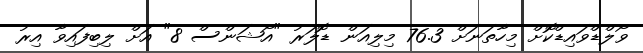
ވޯލްޑްވައިޑްކޮށް މިހާތަނަށް 76.3 މިލިއަން ޑޮލަރު "އޯޝަންސް 8" އަށް ލިބިފައިވާ އިރު